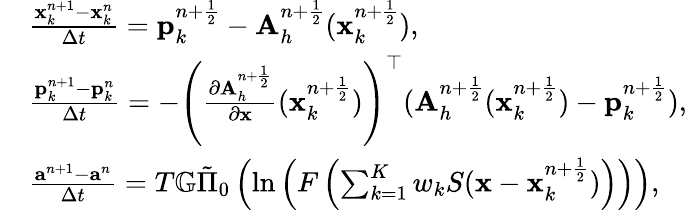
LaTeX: \begin{array}{rl}&{\frac{{\mathbf x}_{k}^{n+1}-{\mathbf x}_{k}^{n}}{\Delta t}={\mathbf p}_{k}^{n+\frac{1}{2}}-{\mathbf A}_{h}^{n+\frac{1}{2}}({\mathbf x}_{k}^{n+\frac{1}{2}}),}\\ &{\frac{{\mathbf p}_{k}^{n+1}-{\mathbf p}_{k}^{n}}{\Delta t}=-\left(\frac{\partial{\mathbf A}_{h}^{n+\frac{1}{2}}}{\partial\mathbf x}({\mathbf x}_{k}^{n+\frac{1}{2}})\right)^{\top}({\mathbf A}_{h}^{n+\frac{1}{2}}({\mathbf x}_{k}^{n+\frac{1}{2}})-{\mathbf p}_{k}^{n+\frac{1}{2}}),}\\ &{\frac{{\mathbf a}^{n+1}-{\mathbf a}^{n}}{\Delta t}=T\mathbb{G}\tilde{\Pi}_{0}\left(\ln\left(F\left(\sum_{k=1}^{K}w_{k}S({\mathbf x}-{\mathbf x}_{k}^{n+\frac{1}{2}})\right)\right)\right),}\end{array}